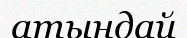
атындай